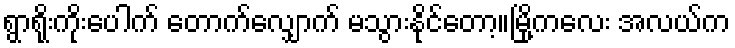
ရွာရိုးကိုးပေါက် တောက်လျှောက် မသွားနိုင်တော့။မြို့ကလေး အလယ်က